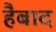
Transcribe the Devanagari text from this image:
हैबाद